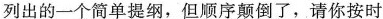
列出的一个简单提纲，但顺序颠倒了，请你按